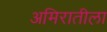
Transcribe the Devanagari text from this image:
अमिरातीला